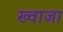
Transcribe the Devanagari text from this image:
ख्‍वाजा